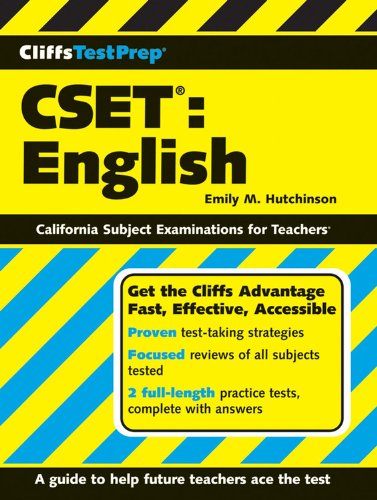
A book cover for CliffsTestPrep CSET: English; Emily M Hutchinson; Test Preparation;